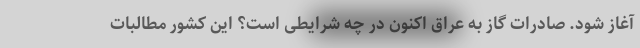
آغاز شود. صادرات گاز به عراق اکنون در چه شرایطی است؟ این کشور مطالبات